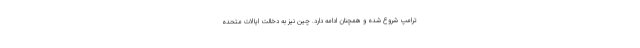
ترامپ شروع شده و همچنان ادامه دارد. چین نیز به دخالت ایالات متحده